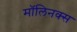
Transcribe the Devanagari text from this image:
मॉलिनक्स